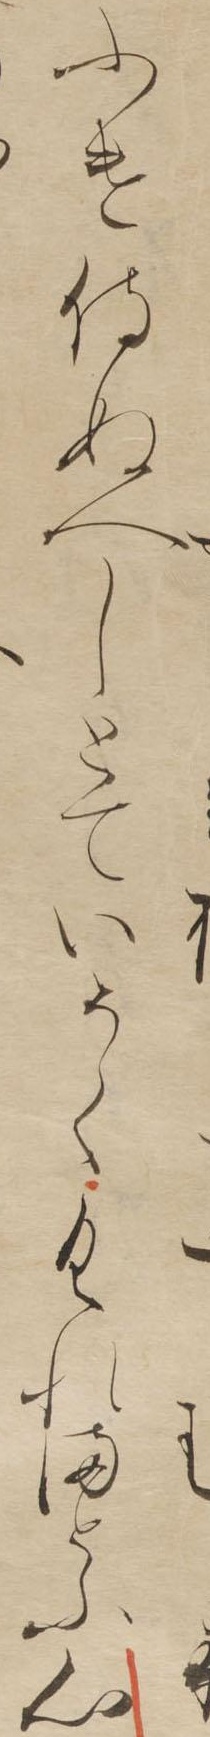
ふけ侍ぬへしとていそくくれまとふ心